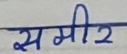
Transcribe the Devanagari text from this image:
समी2